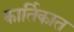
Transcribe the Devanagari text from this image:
कार्तिकात